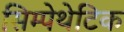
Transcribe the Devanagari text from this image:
सिम्पेथेटिक